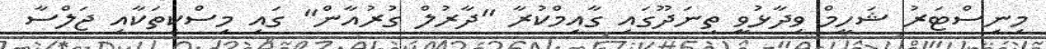
މިނިސްޓަރު ޝަހީމް ވިދާޅުވީ ތިނަދޫގައި ގާއިމްކުރާ "ދާރުލް ގުރުއާން" ގައި މިސްކިތަކާއި ޖަލްސާ